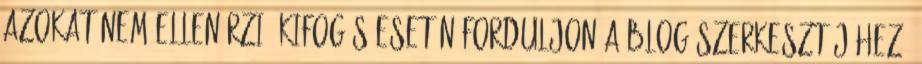
azokat nem ellenőrzi. Kifogás esetén forduljon a blog szerkesztőjéhez.